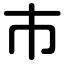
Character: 巿